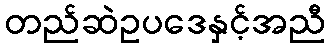
တည်ဆဲဥပဒေနှင့်အညီ